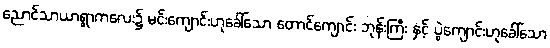
ညောင်သာယာရွာကလေး၌ မင်းကျောင်းဟုခေါ်သော တောင်ကျောင်း ဘုန်းကြီး နှင့် ပွဲကျောင်းဟုခေါ်သော